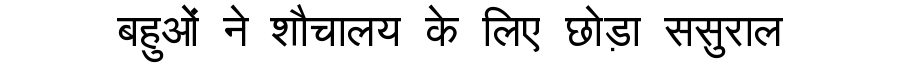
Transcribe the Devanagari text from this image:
बहुओं ने शौचालय के लिए छोड़ा ससुराल